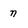
Character: n